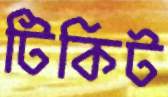
টিকিট